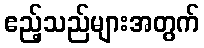
ဧည့်သည်များအတွက်